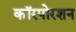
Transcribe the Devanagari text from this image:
कॉरपोरशन